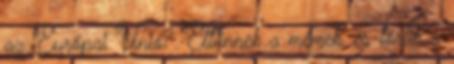
az Európai Unió? Eltűnnek a mémek, és törlik a